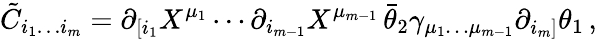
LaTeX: \tilde{C}_{i_{1}\ldots i_{m}}=\partial_{[i_{1}}X^{\mu_{1}}\cdots\partial_{i_{m-1}}X^{\mu_{m-1}}\, \bar{\theta}_{2}\gamma_{\mu_{1}\ldots\mu_{m-1}}\partial_{i_{m}]}\theta_{1}\, ,